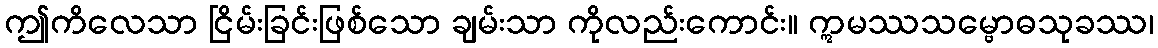
ဤကိလေသာ ငြိမ်းခြင်းဖြစ်သော ချမ်းသာ ကိုလည်းကောင်း။ ဣမဿသမ္ဗောဓသုခဿ၊